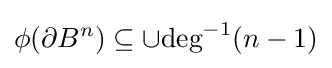
\phi (\partial B^{n})\subseteq \cup {\text{deg}}^{-1}(n-1)